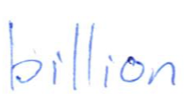
Text: billion
Cross-out: clean
Writing tool: ballpoint